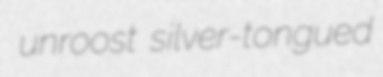
unroost silver-tongued